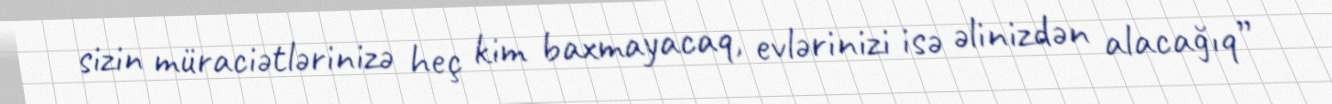
sizin müraciətlərinizə heç kim baxmayacaq, evlərinizi isə əlinizdən alacağıq”